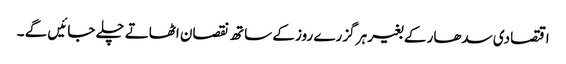
اقتصادی سدھار کے بغیر ہر گزرے روز کے ساتھ نقصان اٹھاتے چلے جائیں گے ۔